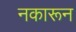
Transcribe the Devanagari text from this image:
नकारून